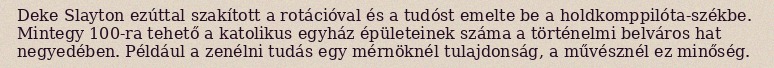
Deke Slayton ezúttal szakított a rotációval és a tudóst emelte be a holdkomppilóta-székbe. Mintegy 100-ra tehető a katolikus egyház épületeinek száma a történelmi belváros hat negyedében. Például a zenélni tudás egy mérnöknél tulajdonság, a művésznél ez minőség.